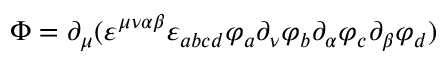
\Phi = \partial _ { \mu } ( \varepsilon ^ { \mu \nu \alpha \beta } \varepsilon _ { a b c d } \varphi _ { a } \partial _ { \nu } \varphi _ { b } \partial _ { \alpha } \varphi _ { c } \partial _ { \beta } \varphi _ { d } )